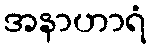
အနာဟာရံ